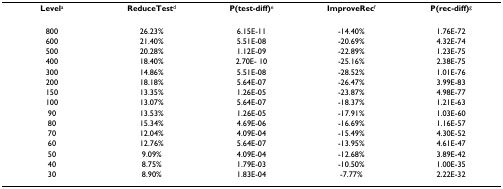
<table><thead><tr><td><b>Level<sup>a</sup></b></td><td><b>ReduceTest<sup>d</sup></b></td><td><b>P(test-diff)<sup>e</sup></b></td><td><b>ImproveRec<sup>f</sup></b></td><td><b>P(rec-diff)<sup>g</sup></b></td></tr></thead><tbody><tr><td>800</td><td>26.23%</td><td>6.15E-11</td><td>-14.40%</td><td>1.76E-72</td></tr><tr><td>600</td><td>21.40%</td><td>5.51E-08</td><td>-20.69%</td><td>4.32E-74</td></tr><tr><td>500</td><td>20.28%</td><td>1.12E-09</td><td>-22.89%</td><td>1.23E-75</td></tr><tr><td>400</td><td>18.40%</td><td>2.70E- 10</td><td>-25.16%</td><td>2.38E-75</td></tr><tr><td>300</td><td>14.86%</td><td>5.51E-08</td><td>-28.52%</td><td>1.01E-76</td></tr><tr><td>200</td><td>18.18%</td><td>5.64E-07</td><td>-26.47%</td><td>3.99E-83</td></tr><tr><td>150</td><td>13.35%</td><td>1.26E-05</td><td>-23.87%</td><td>4.98E-77</td></tr><tr><td>100</td><td>13.07%</td><td>5.64E-07</td><td>-18.37%</td><td>1.21E-63</td></tr><tr><td>90</td><td>13.53%</td><td>1.26E-05</td><td>-17.91%</td><td>1.03E-60</td></tr><tr><td>80</td><td>15.34%</td><td>4.69E-06</td><td>-16.69%</td><td>1.16E-57</td></tr><tr><td>70</td><td>12.04%</td><td>4.09E-04</td><td>-15.49%</td><td>4.30E-52</td></tr><tr><td>60</td><td>12.76%</td><td>5.64E-07</td><td>-13.95%</td><td>4.61E-47</td></tr><tr><td>50</td><td>9.09%</td><td>4.09E-04</td><td>-12.68%</td><td>3.89E-42</td></tr><tr><td>40</td><td>8.75%</td><td>1.79E-03</td><td>-10.50%</td><td>1.00E-35</td></tr><tr><td>30</td><td>8.90%</td><td>1.83E-04</td><td>-7.77%</td><td>2.22E-32</td></tr></tbody></table>